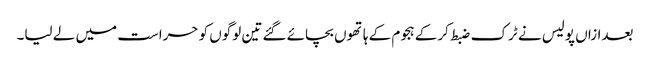
بعدازاں پولیس نے ٹرک ضبط کرکے ہجوم کے ہاتھوں بچائے گئے تین لوگوں کو حراست میں لے لیا۔